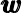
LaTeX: \pmb{w}